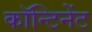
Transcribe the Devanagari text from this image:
कॉन्टिनेंट